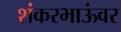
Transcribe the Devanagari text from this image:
शंकरभाऊंवर